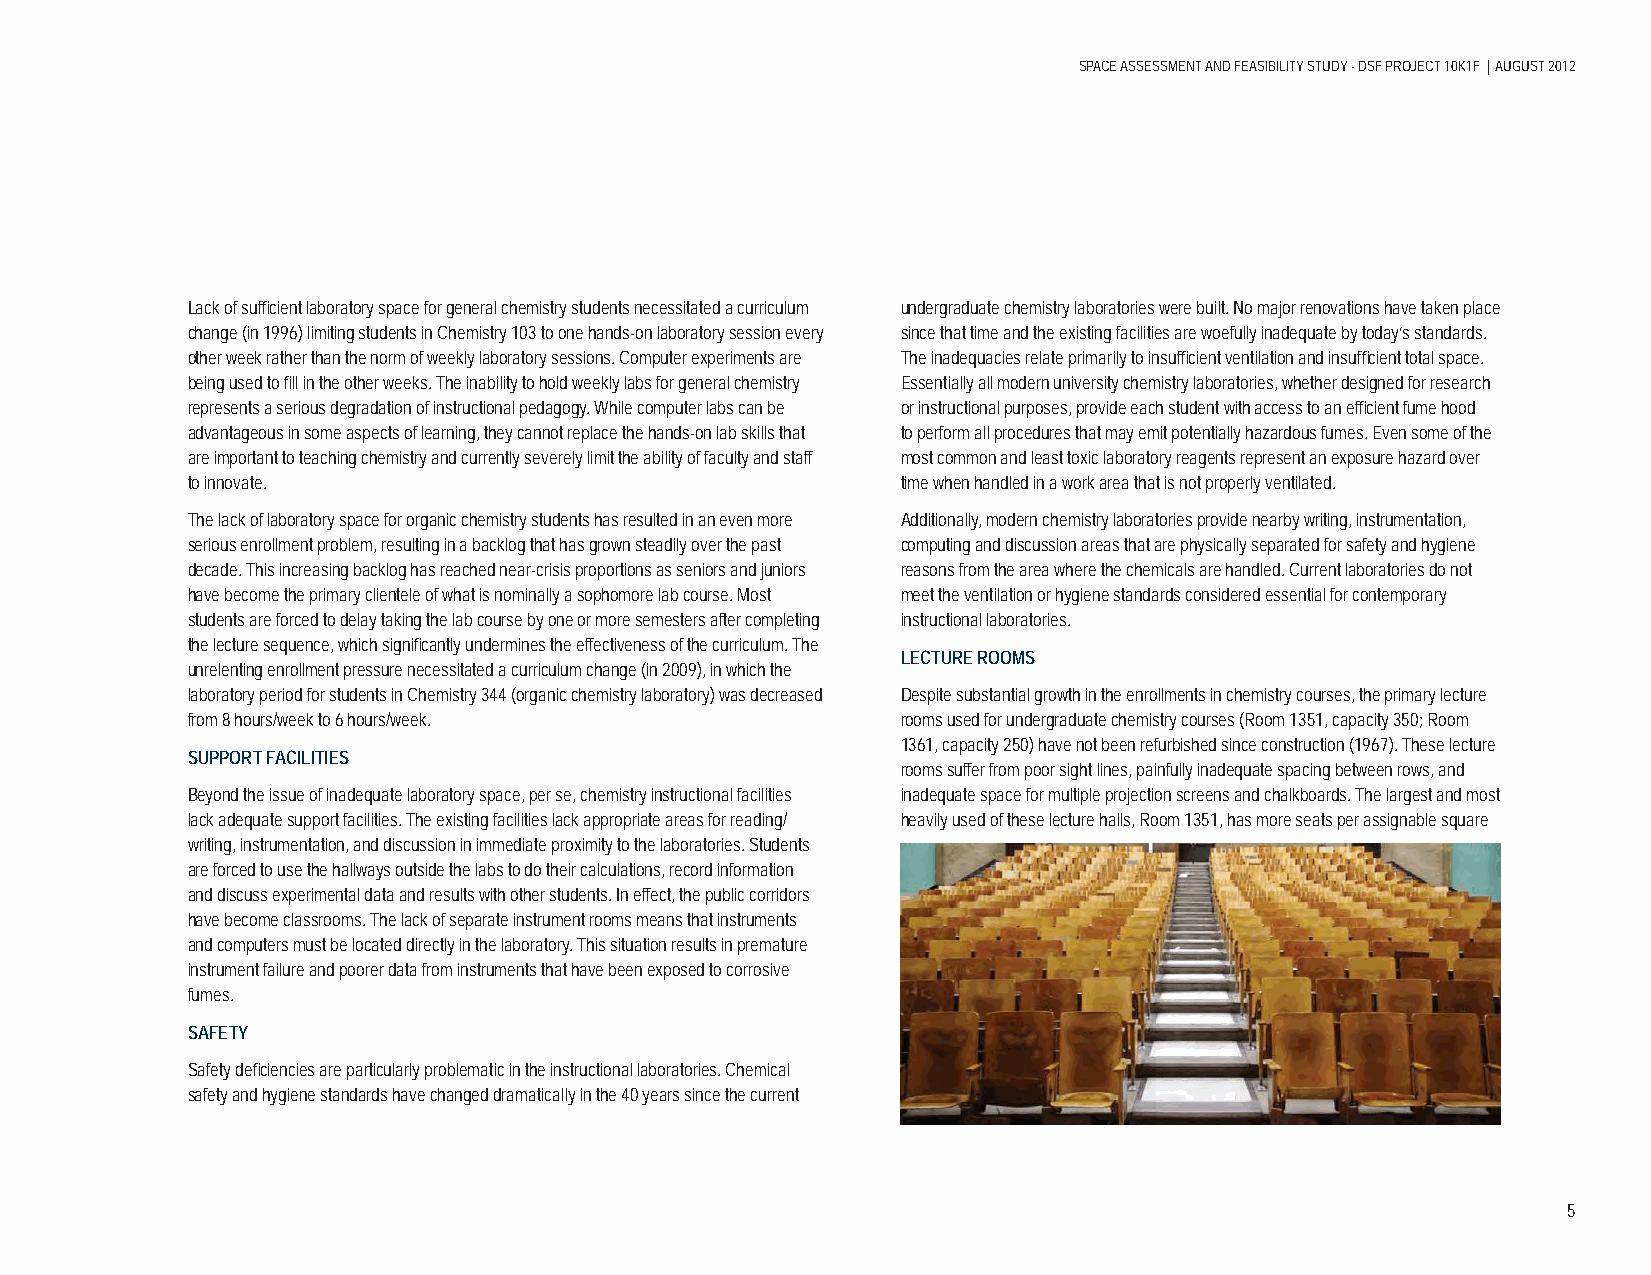
SPACE ASSESSMENT AND FEASIBILITY STUDY - DSF PROJECT 10K1F | AUGUST 2012
 Lack of suffi cient laboratory space for general chemistry students necessitated a curriculum undergraduate chemistry laboratories were built. No major renovations have taken place
 change (in 1996) limiting students in Chemistry 103 to one hands-on laboratory session every since that time and the existing facilities are woefully inadequate by today’s standards.
 other week rather than the norm of weekly laboratory sessions. Computer experiments are The inadequacies relate primarily to insuffi cient ventilation and insuffi cient total space.
 being used to fi ll in the other weeks. The inability to hold weekly labs for general chemistry Essentially all modern university chemistry laboratories, whether designed for research
 represents a serious degradation of instructional pedagogy. While computer labs can be or instructional purposes, provide each student with access to an effi cient fume hood
 advantageous in some aspects of learning, they cannot replace the hands-on lab skills that to perform all procedures that may emit potentially hazardous fumes. Even some of the
 are important to teaching chemistry and currently severely limit the ability of faculty and staff most common and least toxic laboratory reagents represent an exposure hazard over
 to innovate.                                    time when handled in a work area that is not properly ventilated.
 The lack of laboratory space for organic chemistry students has resulted in an even more Additionally, modern chemistry laboratories provide nearby writing, instrumentation,
 serious enrollment problem, resulting in a backlog that has grown steadily over the past computing and discussion areas that are physically separated for safety and hygiene
 decade. This increasing backlog has reached near-crisis proportions as seniors and juniors reasons from the area where the chemicals are handled. Current laboratories do not
 have become the primary clientele of what is nominally a sophomore lab course. Most meet the ventilation or hygiene standards considered essential for contemporary
 students are forced to delay taking the lab course by one or more semesters after completing instructional laboratories.
 the lecture sequence, which signifi cantly undermines the effectiveness of the curriculum. The
 LECTURE ROOMS
 unrelenting enrollment pressure necessitated a curriculum change (in 2009), in which the
 laboratory period for students in Chemistry 344 (organic chemistry laboratory) was decreased Despite substantial growth in the enrollments in chemistry courses, the primary lecture
 from 8 hours/week to 6 hours/week.              rooms used for undergraduate chemistry courses (Room 1351, capacity 350; Room
 1361, capacity 250) have not been refurbished since construction (1967). These lecture
 SUPPORT FACILITIES
 rooms suffer from poor sight lines, painfully inadequate spacing between rows, and
 Beyond the issue of inadequate laboratory space, per se, chemistry instructional facilities inadequate space for multiple projection screens and chalkboards. The largest and most
 lack adequate support facilities. The existing facilities lack appropriate areas for reading/ heavily used of these lecture halls, Room 1351, has more seats per assignable square
 writing, instrumentation, and discussion in immediate proximity to the laboratories. Students
 are forced to use the hallways outside the labs to do their calculations, record information
 and discuss experimental data and results with other students. In effect, the public corridors
 have become classrooms. The lack of separate instrument rooms means that instruments
 and computers must be located directly in the laboratory. This situation results in premature
 instrument failure and poorer data from instruments that have been exposed to corrosive
 fumes.
 SAFETY
 Safety defi ciencies are particularly problematic in the instructional laboratories. Chemical
 safety and hygiene standards have changed dramatically in the 40 years since the current
 5